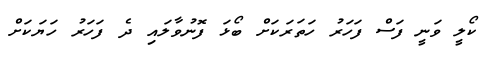
ކޯލީ ވަނީ ފަސް ފަހަރު ހަތަރަކަށް ބޯޅަ ފޮނުވާލައި ދެ ފަހަރު ހަޔަކަށް